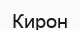
Кирон